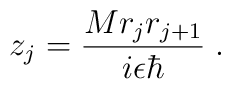
z_{j}= \frac{M r_{j} r_{j+1}}{ i \epsilon \hbar}\;  .